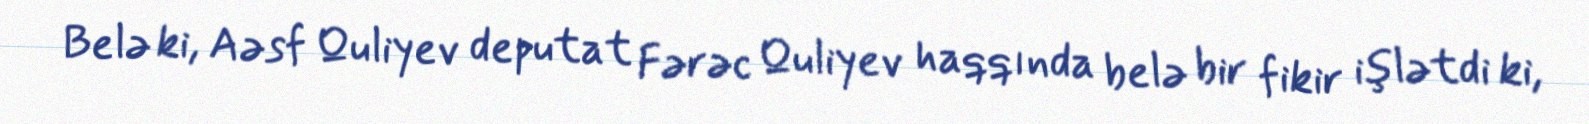
Belə ki, Aəsf Quliyev deputat Fərəc Quliyev haqqında belə bir fikir işlətdi ki,